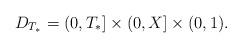
LaTeX: \begin{align*} D_{T_*}=(0,T_*]\times(0,X]\times(0,1).\end{align*}